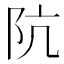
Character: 阬